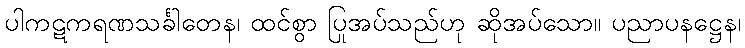
ပါကဋကရဏသင်္ခါတေန၊ ထင်စွာ ပြုအပ်သည်ဟု ဆိုအပ်သော။ ပညာပနဋ္ဌေန၊